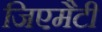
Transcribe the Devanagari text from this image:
जिएमैटी